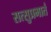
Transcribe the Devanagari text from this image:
सत्सुप्रभातं